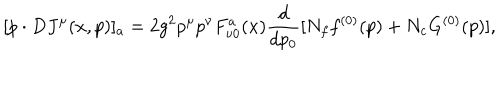
[ p \cdot D J ^ { \mu } ( x , p ) ] _ { a } = 2 g ^ { 2 } p ^ { \mu } p ^ { \nu } F _ { \nu 0 } ^ { a } ( x ) { \frac { d } { d p _ { 0 } } } [ N _ { f } f ^ { ( 0 ) } ( p ) + N _ { c } G ^ { ( 0 ) } ( p ) ] ,